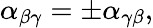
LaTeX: \alpha_{\beta\gamma}=\pm\alpha_{\gamma\beta},